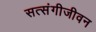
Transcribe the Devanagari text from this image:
सत्संगीजीवन